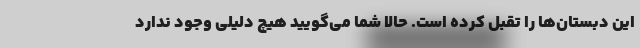
این دبستان‌ها را تقبل کرده است. حالا شما می‌گویید هیچ دلیلی وجود ندارد